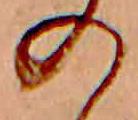
の